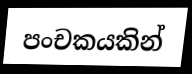
පංචකයකින්